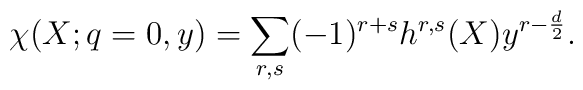
\chi(X;q=0,y) = \sum_{r,s}(-1)^{r+s}h^{r,s}(X)y^{r-\frac d2}.